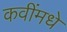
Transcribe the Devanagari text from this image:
कवींमधे